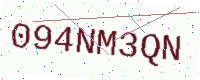
Text: 094NM3QN